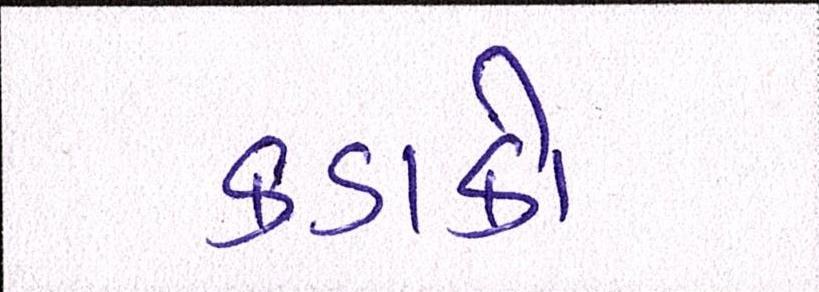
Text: કડાકો